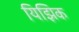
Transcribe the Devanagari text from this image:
यिझिक